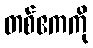
တစ်ဧကကို